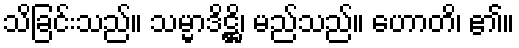
သိခြင်းသည်။ သမ္မာဒိဋ္ဌိ၊ မည်သည်။ ဟောတိ၊ ၏။